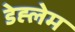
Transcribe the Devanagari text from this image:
डेह्लेम